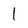
Character: l